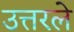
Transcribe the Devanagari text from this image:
उत्तरले